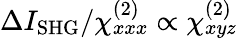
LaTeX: \Delta I_{\mathrm{SHG}}/\chi_{xxx}^{(2)}\propto\chi_{xyz}^{(2)}